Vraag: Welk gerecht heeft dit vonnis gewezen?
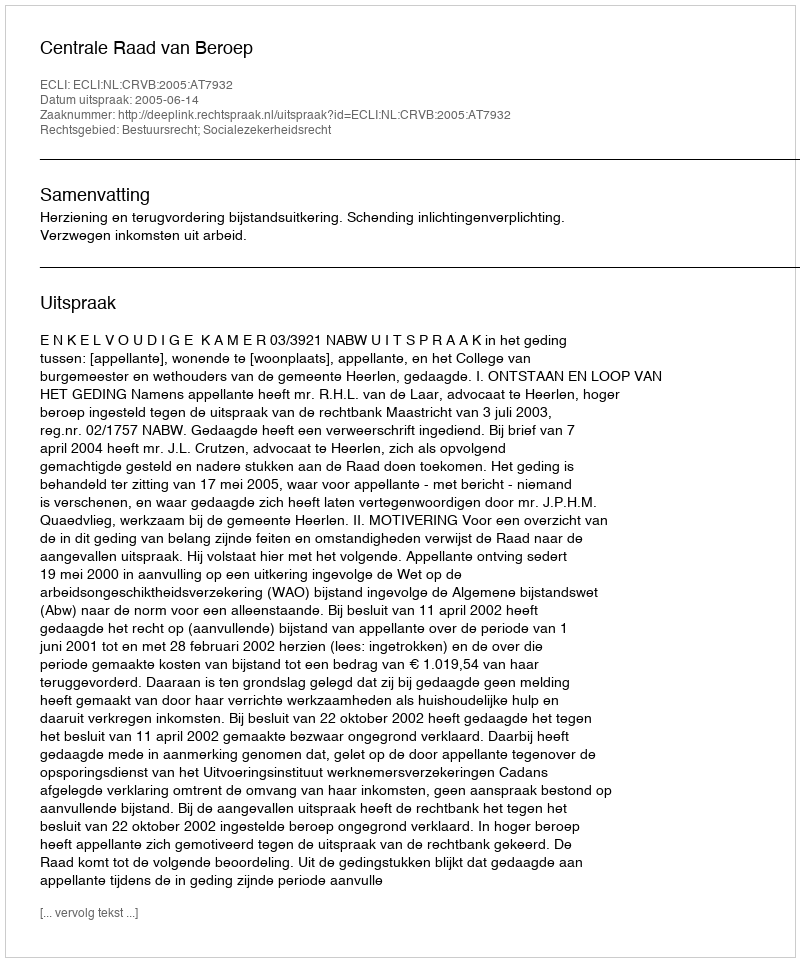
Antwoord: Centrale Raad van Beroep